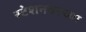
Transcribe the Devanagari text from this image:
स्टेशनवरच्या